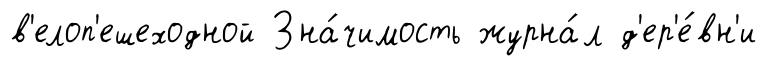
в'елоп'ешеходной Зна́чимость журна́л д'ер'е́вн'и